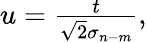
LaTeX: \begin{array}{r}{u=\frac{t}{\sqrt{2}\sigma_{n-m}},}\end{array}